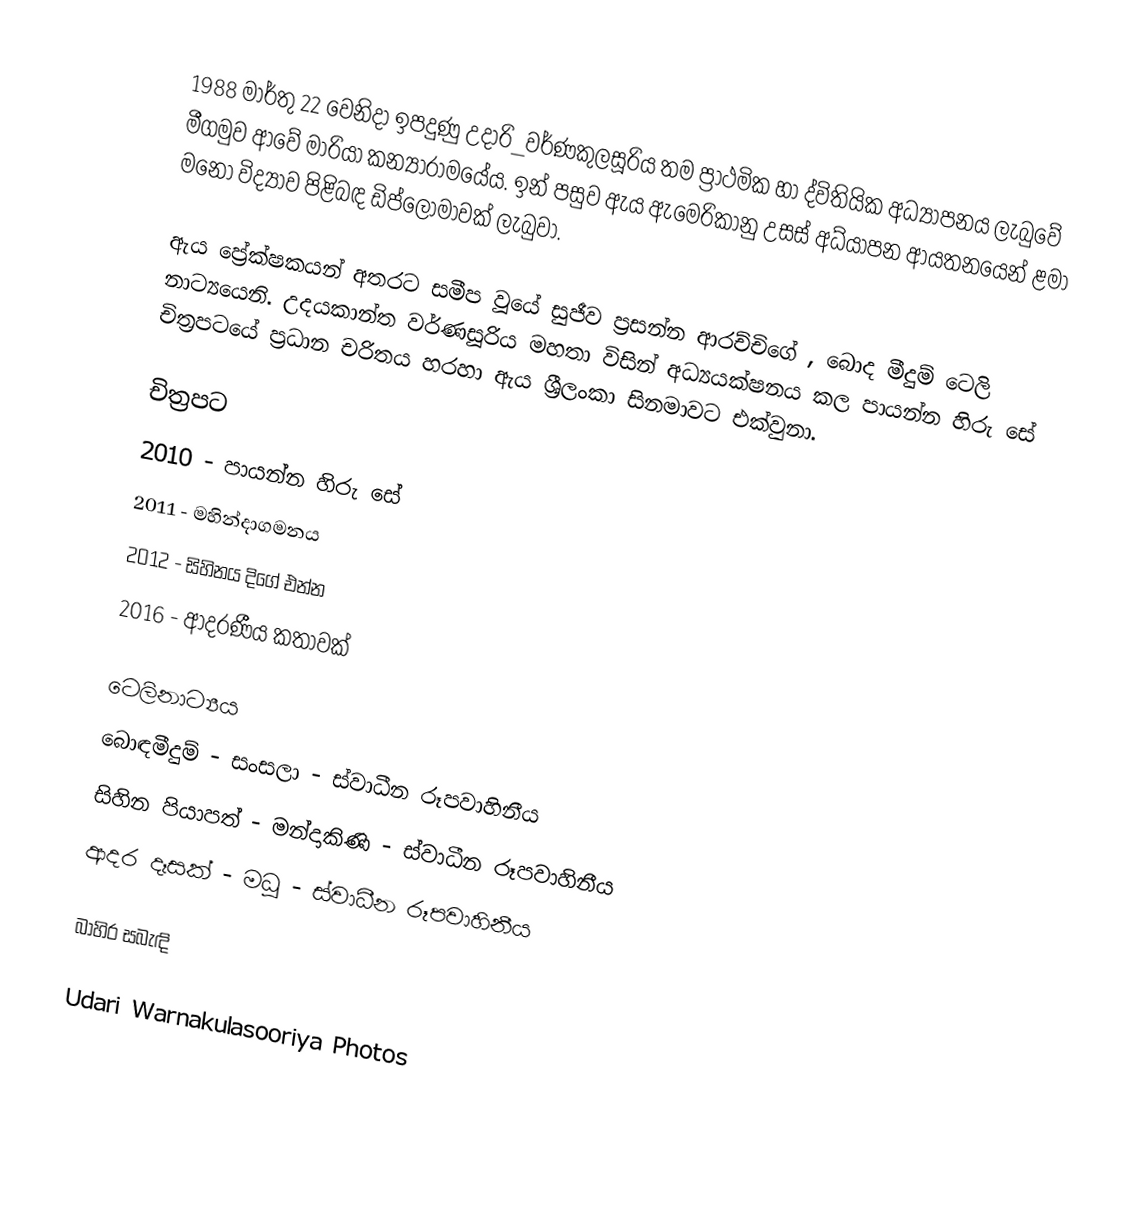
1988 මාර්තු 22 වෙනිදා ඉපදුණු උදාරි_වර්ණකුලසූරිය තම ප්‍රාථමික හා ද්විතියික අධ්‍යාපනය ලැබුවේ මීගමුව ආවේ මාරියා කන්‍යාරාමයේය. ඉන් පසුව ඇය ඇමෙරිකානු උසස් අධ්යාපන ආයතනයෙන් ළමා මනෝ විද්‍යාව පිළිබඳ ඩිප්ලෝමාවක් ලැබුවා.

ඇය ප්‍රේක්ෂකයන් අතරට සමීප වූයේ සුජීව ප්‍රසන්න ආරච්චිගේ , බොද මීදුම් ටෙලි නාට්‍යයෙනි. උදයකාන්ත වර්ණසූරිය මහතා විසින් අධ්‍යයක්ෂනය කල පායන්න හිරු සේ චිත්‍රපටයේ ප්‍රධාන චරිතය හරහා ඇය ශ්‍රීලංකා සිනමාවට එක්වුනා.

චිත්‍රපට
2010 - පායන්න හිරු සේ
2011 - මහින්දාගමනය
2012 - සිහිනය දිගේ එන්න
2016 - ආදරණීය කතාවක්

ටෙලිනාට්‍යය
බොඳමීදුම් - සංසලා - ස්වාධීන රූපවාහිනීය
සිහින පියාපත් - මන්දාකිණි - ස්වාධීන රූපවාහිනීය
ආදර දෑසක් - මධූ - ස්වාධීන රූපවාහිනීය

බාහිර සබැඳි

 Udari Warnakulasooriya Photos